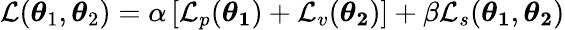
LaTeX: \mathcal{L}(\boldsymbol{\theta}_{1},\boldsymbol{\theta}_{2})=\alpha\left[\mathcal{L}_{p}(\boldsymbol{\theta_{1}})+\mathcal{L}_{v}(\boldsymbol{\theta_{2}})\right]+\beta\mathcal{L}_{s}(\boldsymbol{\theta_{1}},\boldsymbol{\theta_{2}})